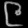
Digit: ၉